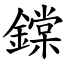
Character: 鏿